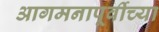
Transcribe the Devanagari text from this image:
आगमनापूर्वीच्या